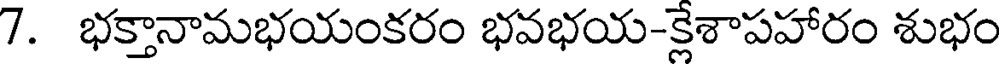
7. భక్తానామభయంకరం భవభయ-క్లేశాపహారం శుభం